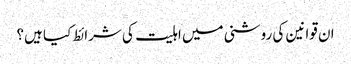
ان قوانین کی روشنی میں اہلیت کی شرائط کیا ہیں؟